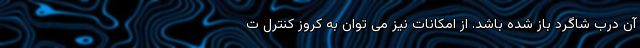
آن درب شاگرد باز شده باشد. از امکانات نیز می توان به کروز کنترل ت